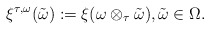
\begin{align*} \xi^{\tau,\omega}(\tilde{\omega}) :=\xi(\omega\otimes_\tau \tilde{\omega}),\tilde{\omega}\in\Omega.\end{align*}